画像に写った文字を読んでください
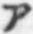
「ア」と書いてあります